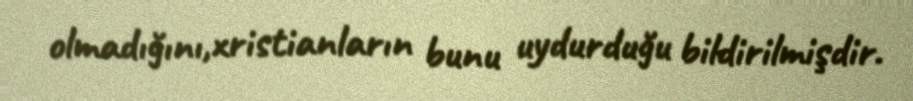
olmadığını,xristianların bunu uydurduğu bildirilmişdir.